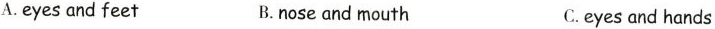
A. eyes and feet B. nose and mouth C. eyes and hands